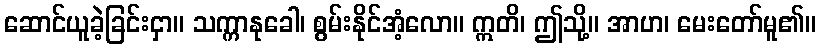
ဆောင်ယူခဲ့ခြင်းငှာ။ သက္ကာနုခေါ၊ စွမ်းနိုင်အံ့လော။ ဣတိ၊ ဤသို့။ အာဟ၊ မေးတော်မူ၏။